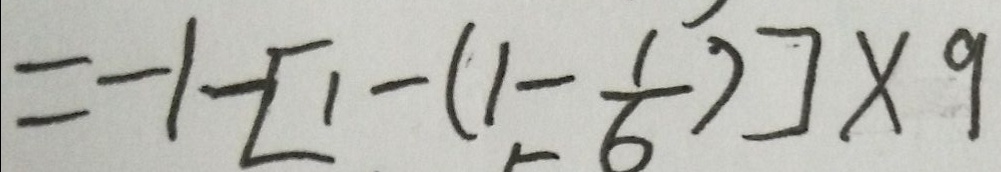
= - 1 - [ 1 - ( 1 - \frac { 1 } { 6 } ) ] \times 9